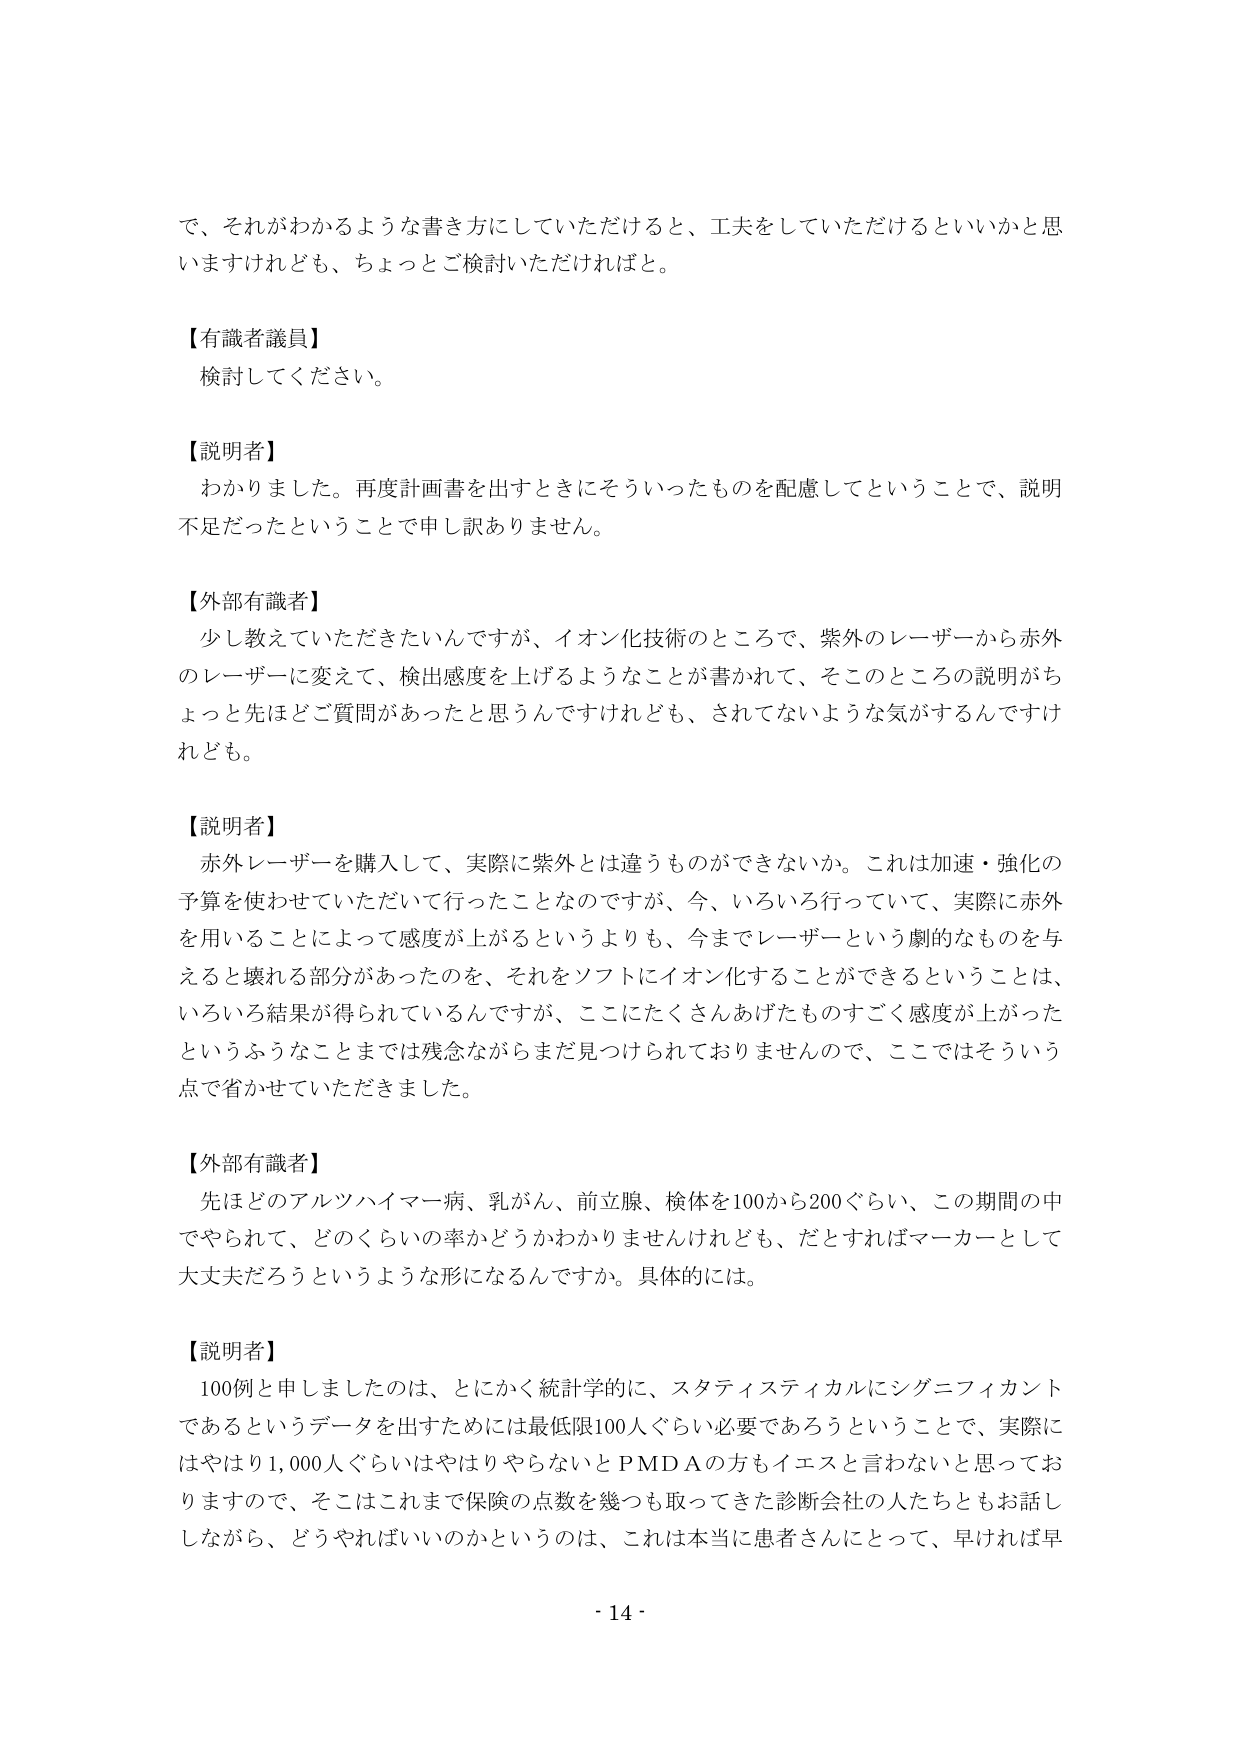
で、それがわかるような書き方にしていただけると、工夫をしていただけるといいかと思いますけれども、ちょっとご検討いただければと。

【有識者議員】
検討してください。

【説明者】
わかりました。再度計画書を出すときにそういったものを配慮してということで、説明不足だったということで申し訳ありません。

【外部有識者】
少し教えていただきたいんですが、イオン化技術のところで、紫外のレーザーから赤外のレーザーに変えて、検出感度を上げるようなことが書かれて、そこのところの説明がちょっと先ほどご質問があったと思うんですけれども、されてないような気がするんですけれども。

【説明者】
赤外レーザーを購入して、実際に紫外とは違うものかできないか。これは加速・強化の予算を使わせていただいて行ったことなのですが、今、いろいろ行っていて、実際に赤外を用いることによって感度が上がるというよりも、今までレーザーという劇的なものを与えると壊れる部分があったのを、それをソフトにイオン化することができるということは、いろいろ結果が得られているんですが、ここにたくさんあげたものすごく感度が上がったというふうなことまでは残念ながらまだ見つけられておりませんので、ここではそういう点で省かせていただきました。

【外部有識者】
先ほどのアルツハイマー病、乳がん、前立腺、検体を100から200ぐらい、この期間の中でやられて、どのくらいの率かどうかわかりませんけれども、だとすればマーカーとして大丈夫だろうというような形になるんですか。具体的には。

【説明者】
100例と申しましたのは、とにかく統計学的に、スタティスティカルにシグニフィカントであるというデータを出すためには最低限100人ぐらい必要であろうということで、実際にはやはり1,000人ぐらいはやはりやらないとPMDAの方もイエスと言わないと思っておりますので、そこはこれまで保険の点数を幾つも取ってきた診断会社の人たちともお話しながら、どうやればいいのかというのは、これは本当に患者さんにとって、早ければ早

- 14 -